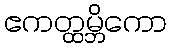
ဧကတ္ထမ္ဘိကော